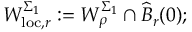
W _ { \mathrm { l o c } , r } ^ { \Sigma _ { 1 } } : = W _ { \rho } ^ { \Sigma _ { 1 } } \cap \widehat { B } _ { r } ( 0 ) ;